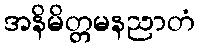
အနိမိတ္တမနညာတံ